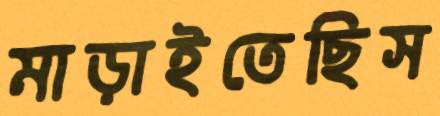
মাড়াইতেছিস